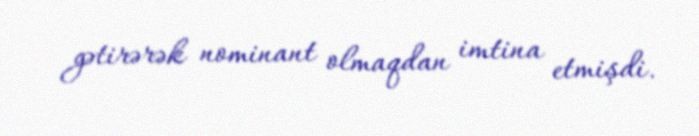
gətirərək nominant olmaqdan imtina etmişdi.